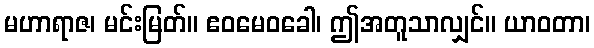
မဟာရာဇ၊ မင်းမြတ်။ ဧဝမေဝခေါ၊ ဤအတူသာလျှင်။ ယာဝတာ၊